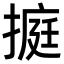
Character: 㨩